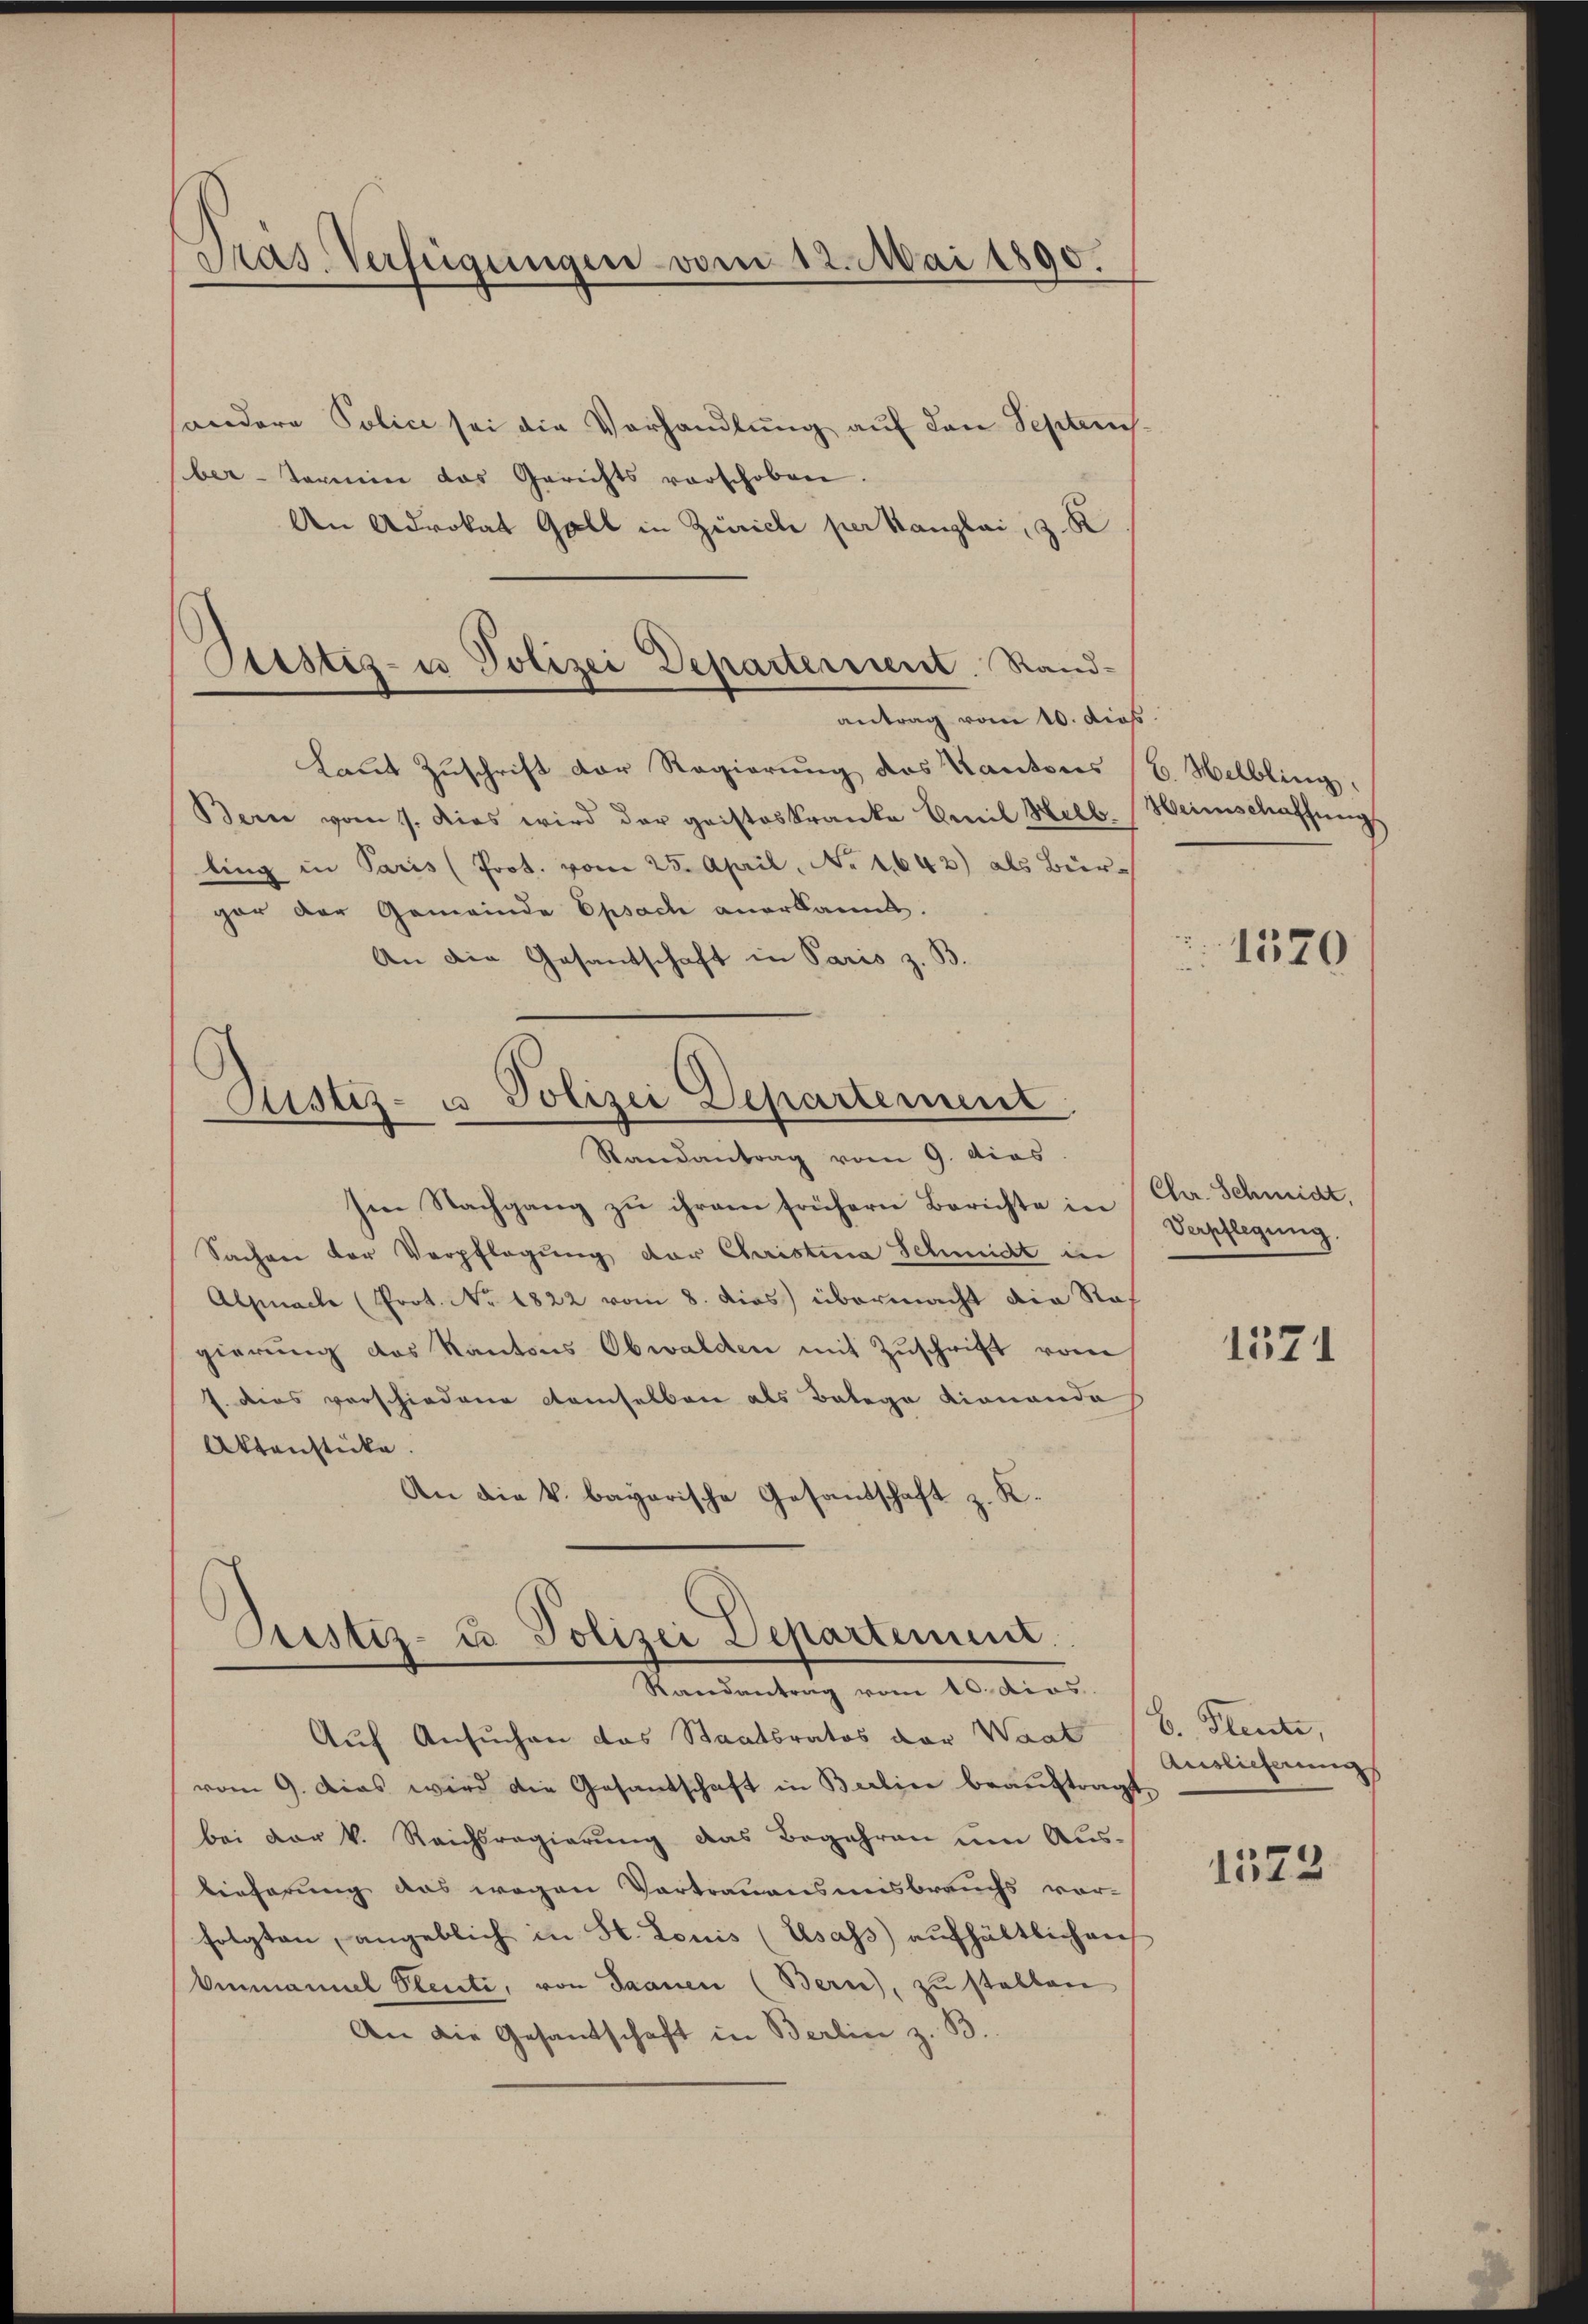
Pras. Verfügungen vom 12. Mai 1890.

andere Police sei die Vorhandlung auf den Septem
ber-Termin das Gerichts vorschoben
An Advokat Goll in Zürich per Kanglai, 3. K
Laut Zuschrift der Regierung des Kantons
Bern vom 1. dies wird der geisteskranke Emil Helbling in Paris (Prot. vom 25. April, No 1642) als Bür-
gar der Gemeinde Epsache anerkannt.
An die Gesantschaft in Paris z. B.

Cristiz- u Polizei Departement. Sandantrag vom 10. dies

Justiz- u Polizei Departement

Randantrag vom 9. dies
Ien Nachgang zu ihrem frühern Berichte in Chr. Schmidt,
Sachen der Verpflegung der Christina Schmidt in
Alpnach (Prot. No. 1822 vom 8. dies übermacht die Rat
gierung des Kantons Obwalden mit Zuschrift vom
J. dies verschiedene demselben als Balogo Lionande
Aktenstücke.
An die k. bayerische Gesandtschaft z. K.

Justiz- u Polizei Departeme
Randentrag vom 10. dies

Auf Ansuchen das Staatsratos der Wart (v. Pleute,
vom 9. Das wird die Gesantschaft in Berlin beaŭftragt,
bei der V. Reichsregierung das Begehren um Auslieferung das wegen Vortrauensmisbrauchs vorfolgten, angeblich in St. Louis (Elsass aufhältlichen
Ammannel Plenti, von Saanen (Bern), zu stellen
An die Gesandschaft in Berlin z. B.

6. Helbling,
Himschaffung

1520

Verpflegung.

1571

Auslieferungs

1523